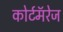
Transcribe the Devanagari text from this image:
कोर्टमॅरेज